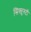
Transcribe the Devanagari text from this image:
सिक्युरुटी